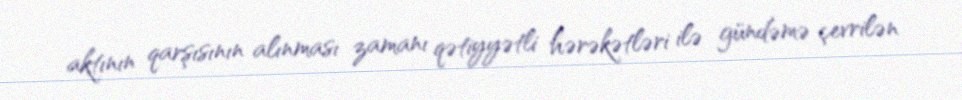
aktının qarşısının alınması zamanı qətiyyətli hərəkətləri ilə gündəmə çevrilən